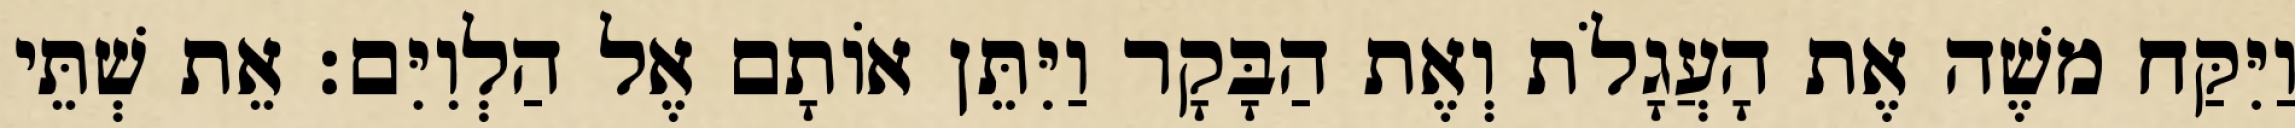
וַיִּקַּח משֶׁה אֶת הָעֲגָלֹת וְאֶת הַבָּקָר וַיִּתֵּן אוֹתָם אֶל הַלְוִיִּם׃ אֵת שְׁתֵּי